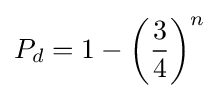
P_{d}=1-\left({\frac {3}{4}}\right)^{n}